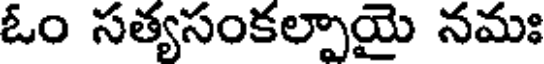
ఓం సత్యసంకల్పాయై నమః